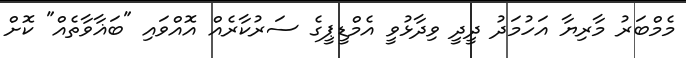
މެމްބަރު މާރިޔާ އަހުމަދު ދީދީ ވިދާޅުވީ އެމްޑީޕީގެ ސަރުކާރެއް އޮއްވައި "ބަޣާވާތެއް" ކޮށް